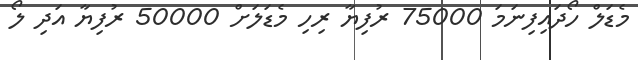
މެޑަލް ހޯދައިފިނަމަ 75000 ރުފިޔާ ރިހި މެޑަލަށް 50000 ރުފިޔާ އަދި ލޯ